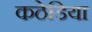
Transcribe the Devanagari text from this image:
कठेडिया